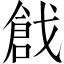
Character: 戧